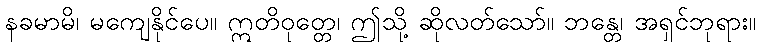
နခမာမိ၊ မကျေနိုင်ပေ။ ဣတိဝုတ္တေ၊ ဤသို့ ဆိုလတ်သော်။ ဘန္တေ၊ အရှင်ဘုရား။